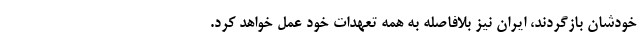
خودشان بازگردند، ایران نیز بلافاصله به همه تعهدات خود عمل خواهد کرد.